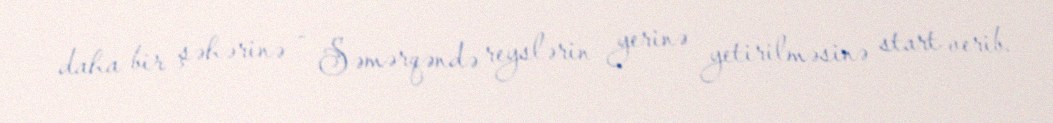
daha bir şəhərinə - Səmərqəndə reyslərin yerinə yetirilməsinə start verib.